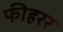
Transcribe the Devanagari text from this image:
फीहरर